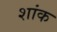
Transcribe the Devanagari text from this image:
शांक